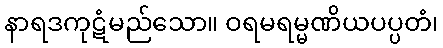
နာရဒကုဋံမည်သော။ ဝရမရမ္မဏိယပပ္ပတံ၊